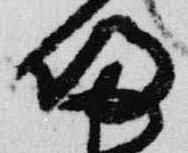
帰